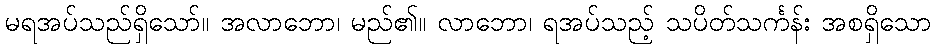
မရအပ်သည်ရှိသော်။ အလာဘော၊ မည်၏။ လာဘော၊ ရအပ်သည့် သပိတ်သင်္ကန်း အစရှိသော